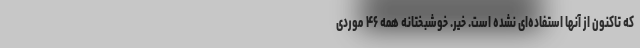
که تاکنون از آنها استفاده‌ای نشده است. خیر. خوشبختانه همه ۴۶ موردی